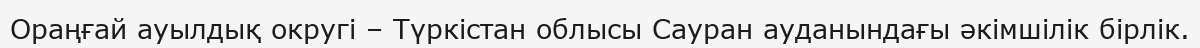
Ораңғай ауылдық округі – Түркістан облысы Сауран ауданындағы әкімшілік бірлік.